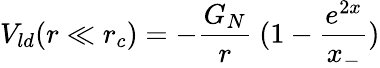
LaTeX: V_{ld}(r\ll r_{c})=-\frac{G_{N}}{r}~(1-\frac{e^{2x}}{x_{-}})